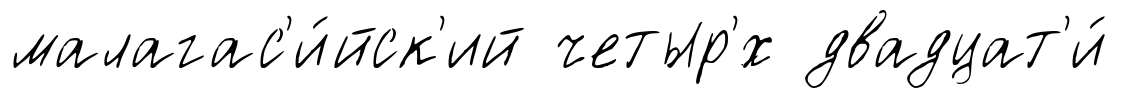
малагас'и́йск'ий четыр'́х двадцат'и́